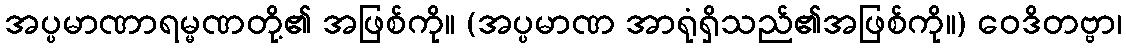
အပ္ပမာဏာရမ္မဏတို့၏ အဖြစ်ကို။ (အပ္ပမာဏ အာရုံရှိသည်၏အဖြစ်ကို။) ဝေဒိတဗ္ဗာ၊